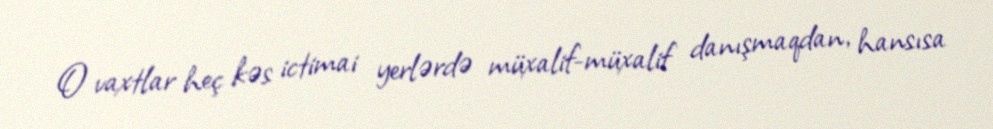
O vaxtlar heç kəs ictimai yerlərdə müxalif-müxalif danışmaqdan, hansısa